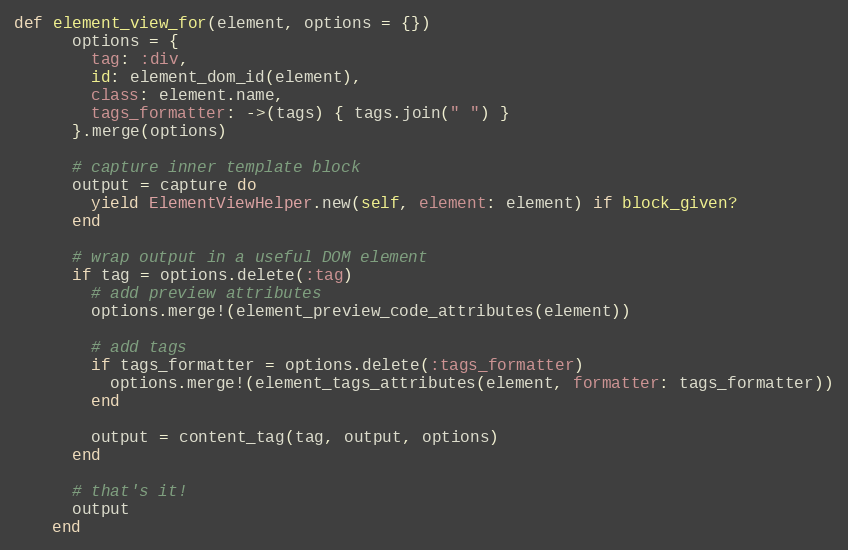
Language: Ruby
def element_view_for(element, options = {})
      options = {
        tag: :div,
        id: element_dom_id(element),
        class: element.name,
        tags_formatter: ->(tags) { tags.join(" ") }
      }.merge(options)

      # capture inner template block
      output = capture do
        yield ElementViewHelper.new(self, element: element) if block_given?
      end

      # wrap output in a useful DOM element
      if tag = options.delete(:tag)
        # add preview attributes
        options.merge!(element_preview_code_attributes(element))

        # add tags
        if tags_formatter = options.delete(:tags_formatter)
          options.merge!(element_tags_attributes(element, formatter: tags_formatter))
        end

        output = content_tag(tag, output, options)
      end

      # that's it!
      output
    end